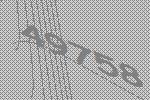
49758